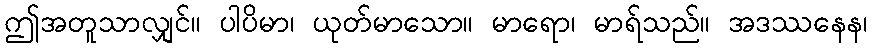
ဤအတူသာလျှင်။ ပါပိမာ၊ ယုတ်မာသော။ မာရော၊ မာရ်သည်။ အဒဿနေန၊